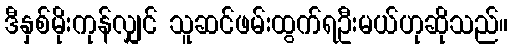
ဒီနှစ်မိုးကုန်လျှင် သူဆင်ဖမ်းထွက်ရဦးမယ်ဟုဆိုသည်။